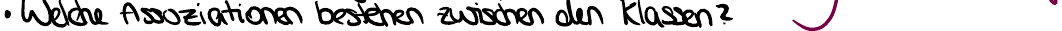
Welche Assoziationen bestehen zwischen den Klassen?